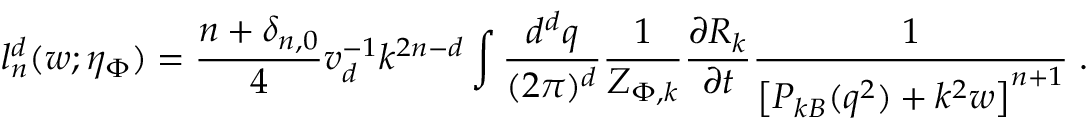
l _ { n } ^ { d } ( w ; \eta _ { \Phi } ) = \frac { n + \delta _ { n , 0 } } { 4 } v _ { d } ^ { - 1 } k ^ { 2 n - d } \int \frac { d ^ { d } q } { ( 2 \pi ) ^ { d } } \frac { 1 } { Z _ { \Phi , k } } \frac { \partial R _ { k } } { \partial t } \frac { 1 } { \left[ P _ { k B } ( q ^ { 2 } ) + k ^ { 2 } w \right] ^ { n + 1 } } \; .